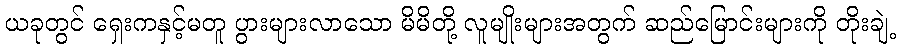
ယခုတွင် ရှေးကနှင့်မတူ ပွားများလာသော မိမိတို့ လူမျိုးများအတွက် ဆည်မြောင်းများကို တိုးချဲ့